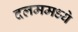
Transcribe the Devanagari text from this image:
दलममध्ये